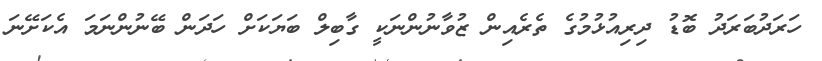
ހަރަދުބަރަދު ބޮޑު ދިރިއުޅުމުގެ ތެރެއިން ޒުވާނުންނަކީ ގާބިލް ބަޔަކަށް ހަދަން ބޭނުންނަމަ އެކަށޭނަ